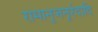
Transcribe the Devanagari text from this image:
रामानुजनूर्रदादि